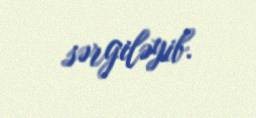
sərgiləyib.